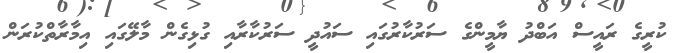
ކުރީގެ ރައީސް އަބްދު ޔާމީންގެ ސަރުކާރުގައި ސައުދީ ސަރުކާރާއި ގުޅިގެން މާލޭގައި އިމާރާތްކުރަން